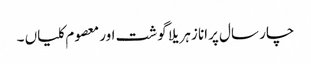
چار سال پرانا زہریلا گوشت اور معصوم کلیاں ۔